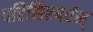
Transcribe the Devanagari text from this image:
परिसिष्टपर्वन्‌